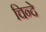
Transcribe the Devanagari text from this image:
चिन्दे